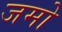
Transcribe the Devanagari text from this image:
जमो